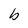
Character: b